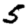
Digit: 5